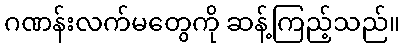
ဂဏန်းလက်မတွေကို ဆန့်ကြည့်သည်။